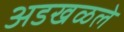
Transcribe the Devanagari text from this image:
अडखळले